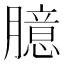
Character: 臆